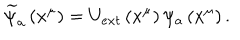
LaTeX: \widetilde { \psi } _ { a } \left( x ^ { \mu } \right) = U _ { e x t } \left( x ^ { \mu } \right) \psi _ { a } \left( x ^ { \mu } \right) .